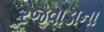
રજવાડાના